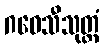
ဂဝေသီသုတ္တံ